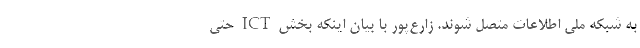
به شبکه ملی اطلاعات متصل شوند. زارع‌پور با بیان اینکه بخش ICT حتی